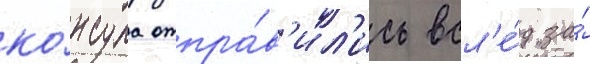
ко́нсула отпра́в'ил'ись всл'е́д за́